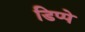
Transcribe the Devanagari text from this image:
डिप्पे